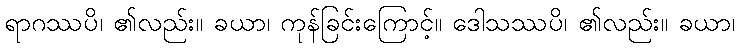
ရာဂဿပိ၊ ၏လည်း။ ခယာ၊ ကုန်ခြင်းကြောင့်။ ဒေါသဿပိ၊ ၏လည်း။ ခယာ၊